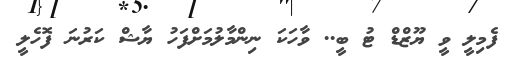
ފެމިލީ ވީ ޔޫޒްޑް ޓު ބީ.. ވާހަކަ ނިންމާލުމަށްފަހު ޔާޝް ކަރުނަ ފޮހެލީ